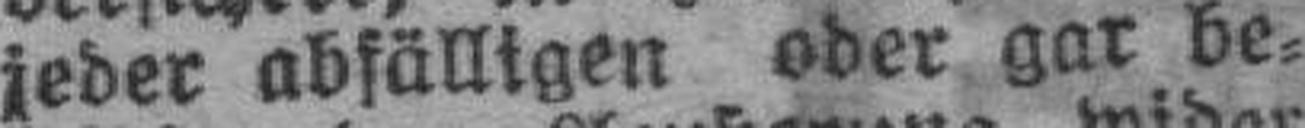
jeder abfälligen oder gar be¬